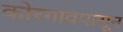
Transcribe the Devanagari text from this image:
कोरगावपासून